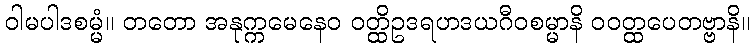
ဝါမပါဒစမ္မံ။ တတော အနုက္ကမေနေဝ ဝတ္ထိဥဒရဟဒယဂီဝစမ္မာနိ ဝဝတ္ထပေတဗ္ဗာနိ။